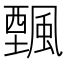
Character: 𩘔